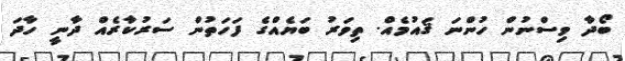
ބޯދާ ވިސްނުން ހުންނަ ޤައުމެއް. ތިވަރު ބަޔެއްގެ ފަހަތުން ސަރުކާރެއް ދާނީ ހާދަ